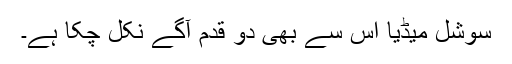
سوشل میڈیا اس سے بھی دو قدم آگے نکل چکا ہے۔